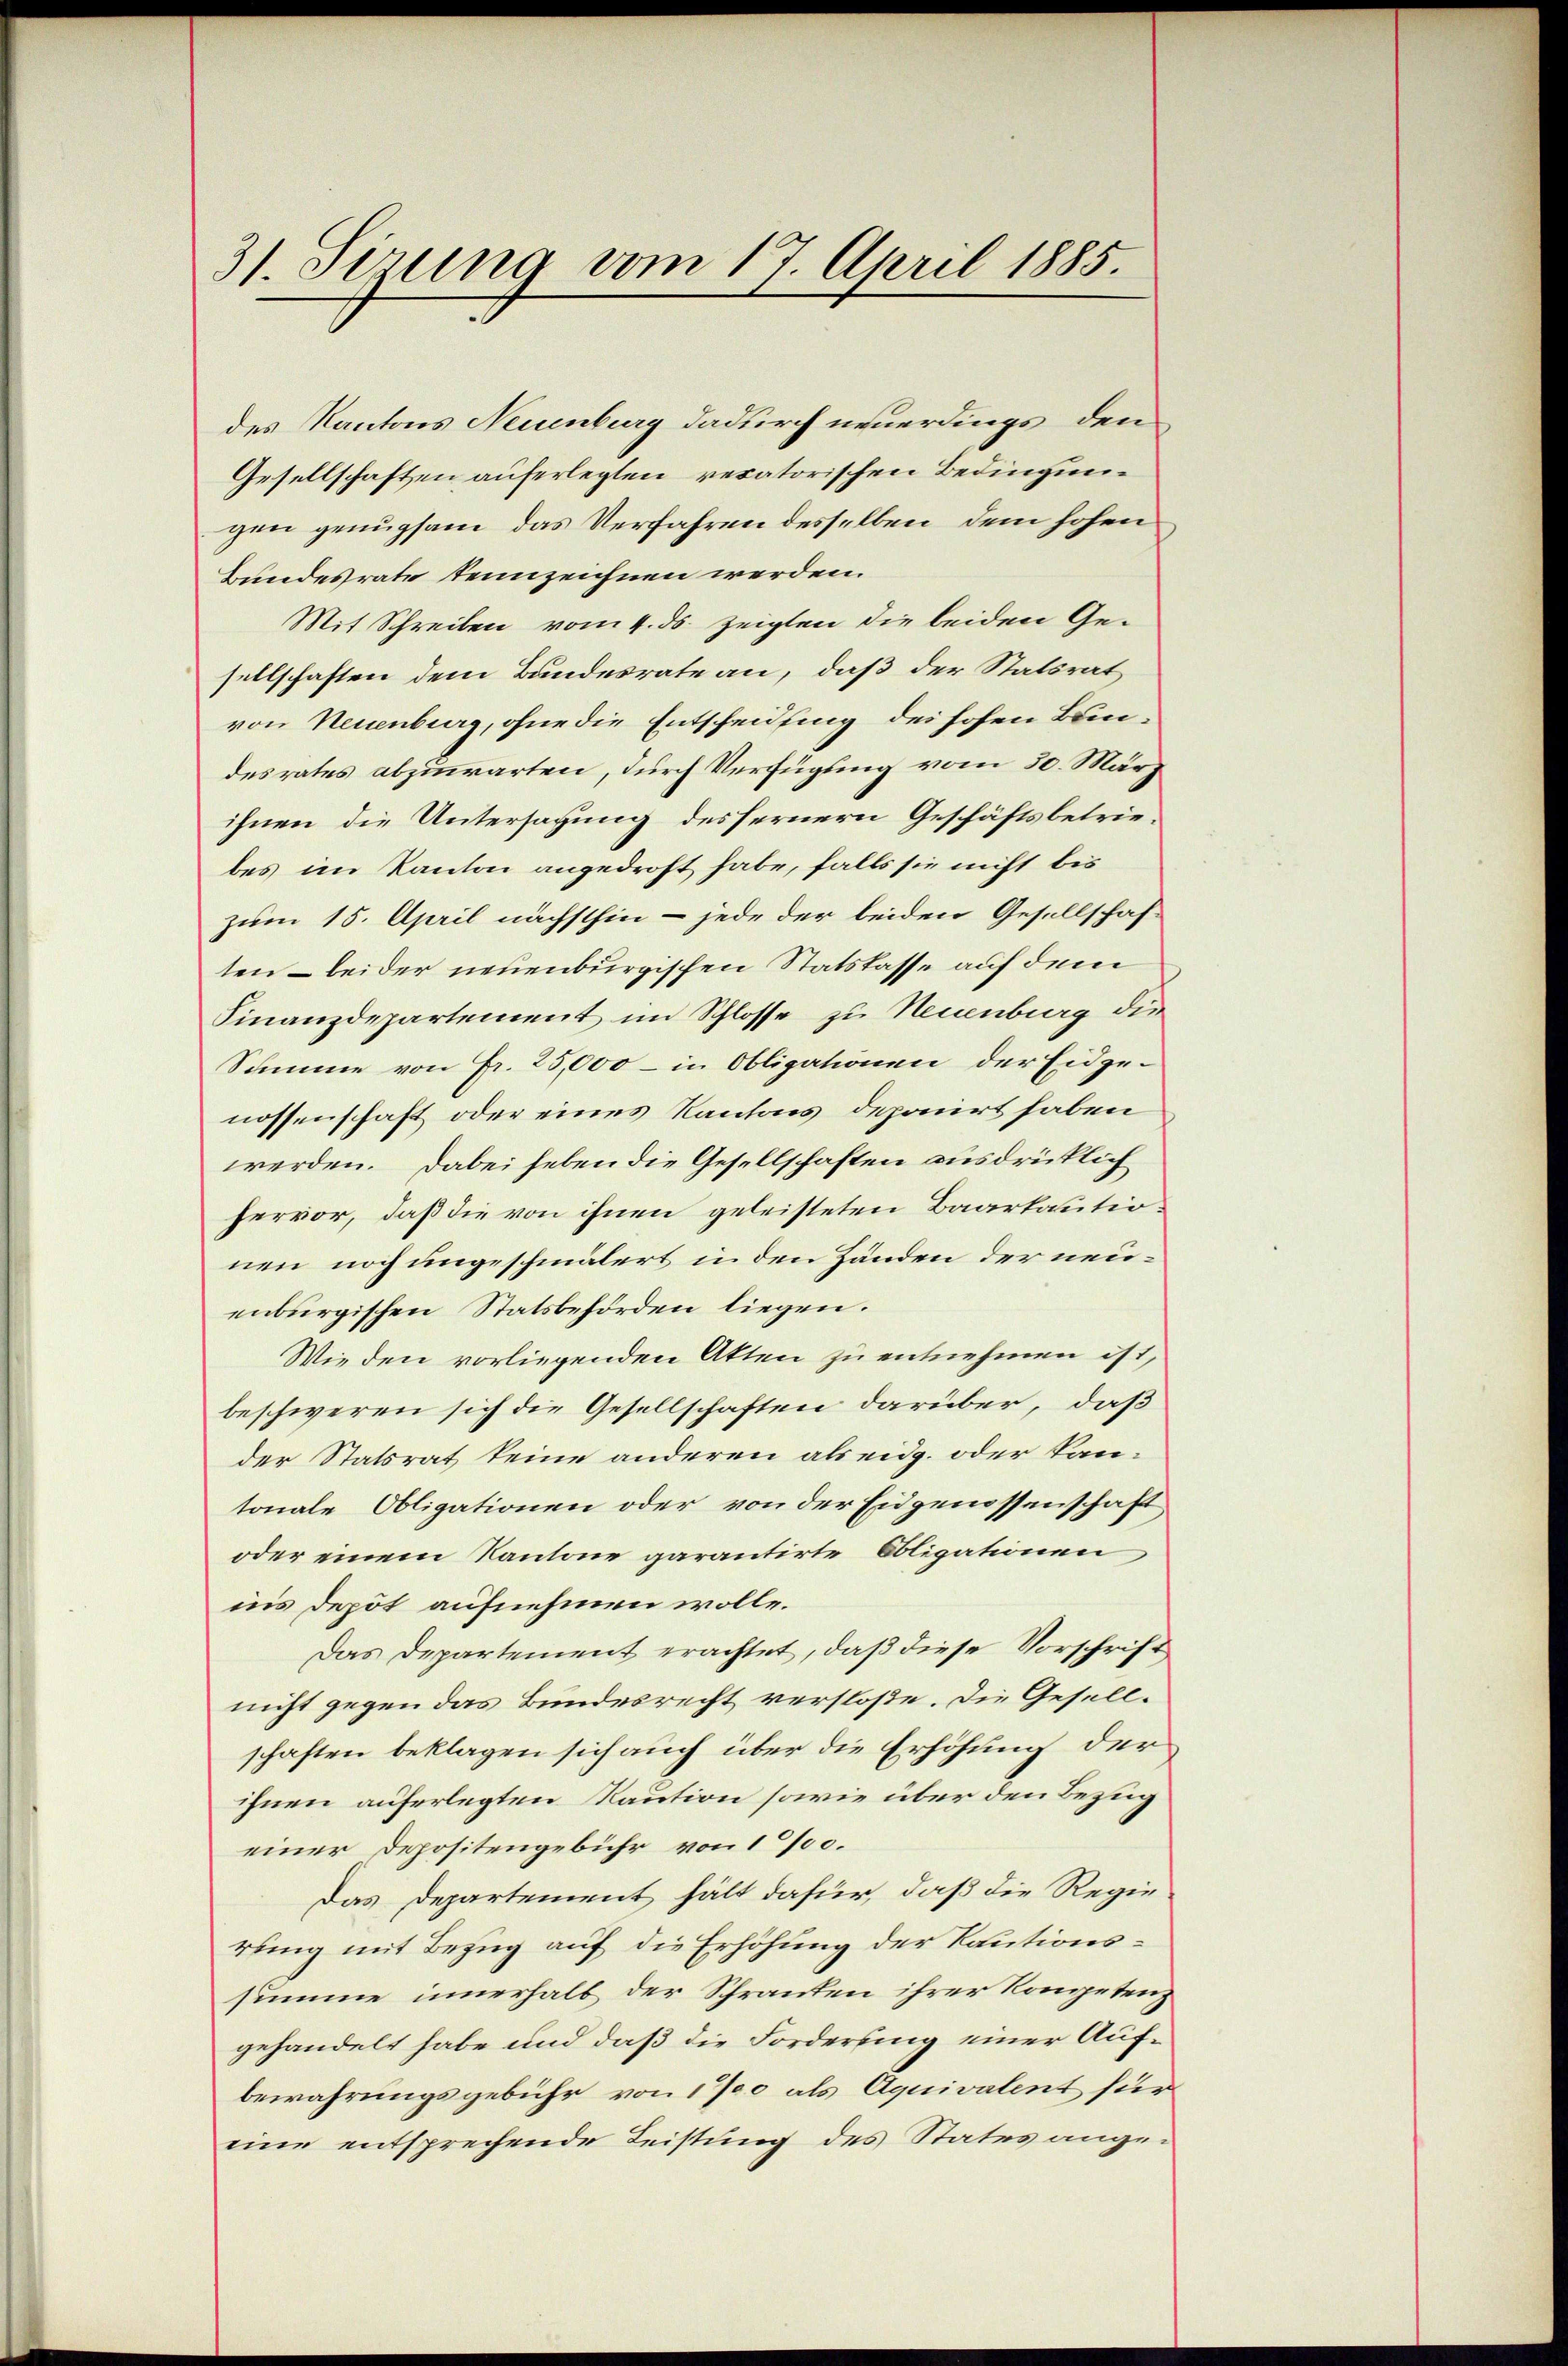
31. Sirung vom 17. April 1885.

des Kantons Neuenburg dadurch neuerdings den
Gesellschaften auferlegten recatorischen Bedingungen genugsam das Verfahren desselben, dem hohen
Bundesrate tennzeichnen werden.
Mit Schreiben vom 4. ds. zeigten die beiden Ge-
sellschaften dem Bundesrate an, daß der Statsrat
von Neuenburg, ohne die Entscheidling des hohen Bundesrates abzuwarten, durch Verfügung vom 30. März
ihnen die Untersagung des fernern Geschäftsbetriebes im Kanton angedroht habe, falls sie nicht bis
zum 15. April nächsthin - jede der beiden Gesellschaf-
ten – beider neuenburgischen Statskasse auf dem
Finanzdepartement im Schlosse zu Neuenburg die
Summe von Fr. 25,000 – in Obligationen der Eidgenossenschaft oder eines Kantons deponirt haben
werden. Dabei heben die Gesellschaften ausdrücklich
hervor, daß die von ihnen geleisteten Baarkautionen noch ungeschmälert in den Händen der neuenburgischen Statsbehörden liegen.
Wie den vorliegenden Akten zu entnehmen ist,
beschweren sich die Gesellschaften darüber, daß
der Statsrat keine anderen als eidg. oder Pantonale Obligationen oder von der Eidgenossenschaft
oder einem Kantone garantirte Obligationen,
ins Depot aufnehmen wolle.
Das Departement erachtet, daß diese Vorschrift
nicht gegen das Bundesrecht verstoße. Die Gesellschaften beklagen sich auch über die Erhöhung der
ihnen auferlegten Raution sowie über den Bezug
einer Depositengebühr von 1700.
Das Departement hält dafür, daß die Regie
rung mit Bezug auf die Erhöhung der Kautionssumme innerhalb der Schranken ihrer Kompeten,
gehandelt habe und daß die Forderung einer Aufbewahrungsgebühr von 1700 als Aquivalent für
eine entsprechende Leistung des States ange¬